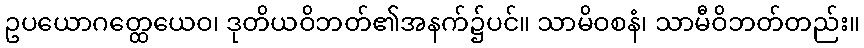
ဥပယောဂတ္ထေယေဝ၊ ဒုတိယဝိဘတ်၏အနက်၌ပင်။ သာမိဝစနံ၊ သာမီဝိဘတ်တည်း။